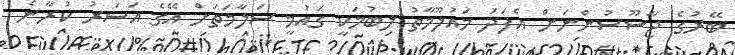
ބޭރުގެ ޖާސޫސުންނަށް އެފަދަ މައުލޫމާތު ލިބުމަކީ ގައުމީ ސަލާމަތަށް އޭގެ އަސަރު ކުރާނެ